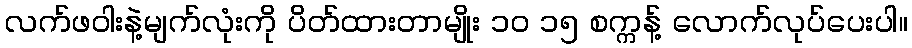
လက်ဖဝါးနဲ့မျက်လုံးကို ပိတ်ထားတာမျိုး ၁၀ ၁၅ စက္ကန့် လောက်လုပ်ပေးပါ။